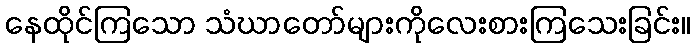
နေထိုင်ကြသော သံဃာတော်များကိုလေးစားကြသေးခြင်း။